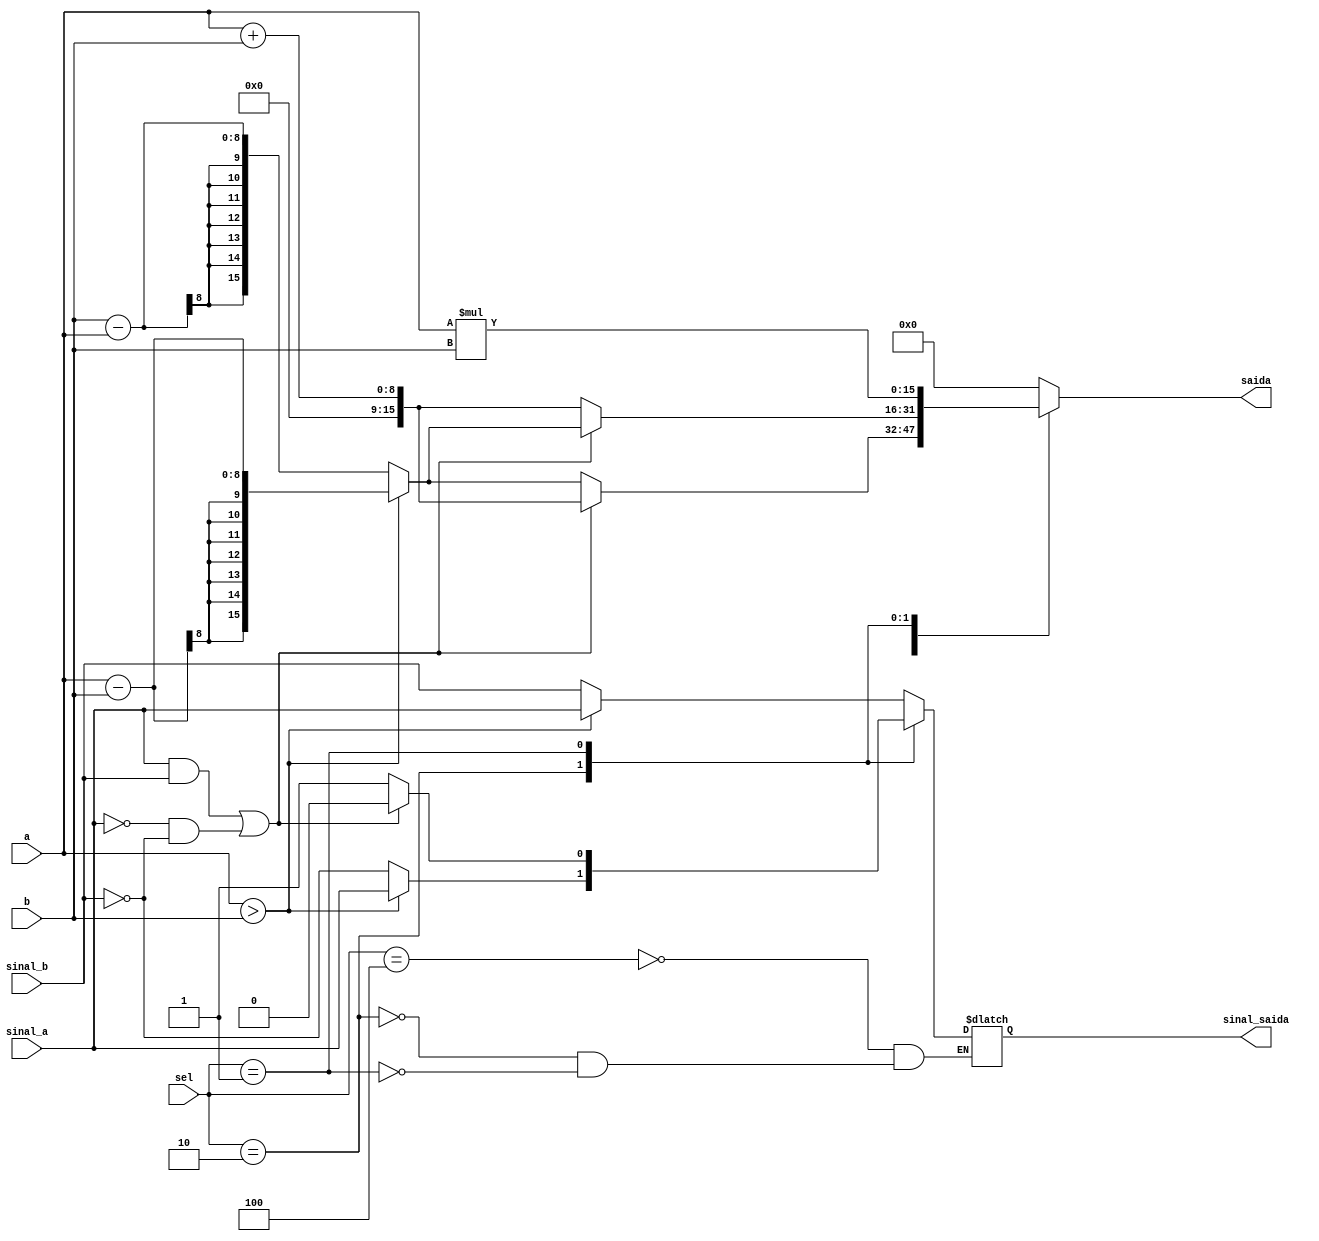
//abordagem por fluxo de dados
module projeto2(a, b, sinal_a, sinal_b, sel, saida, sinal_saida);
    input [7:0] a;
	 input [2:0] sel;
	 input [7:0] b;
	 input sinal_a;
	 input sinal_b;   
	 output reg [15:0] saida;
	 output reg sinal_saida;
	  initial begin
			saida = 0;
			sinal_saida = 0;
	  end
	  always @(*) begin
		 case (sel)
			  3'b100:begin   
					sinal_saida = a > b? (sinal_a) : (sinal_b);
					if((sinal_a & sinal_b) | ((~sinal_a) & (~sinal_b)))begin 
						 saida = (a + b);
					end
					else begin
						 if(a > b)
							  saida = (a - b);
						 else 
							  saida = (b - a);
					end
			  end
			  3'b010:begin
					sinal_saida = a > b? (sinal_a) : (~sinal_b);
					if((sinal_a & sinal_b) | (~sinal_a & ~sinal_b))begin
						 saida = a>b? (a - b): (b - a);
					end
					else begin
						  saida = (a + b);
					end
				end
				 3'b001: begin
					  if((sinal_a & sinal_b) | (~sinal_a & ~sinal_b)) sinal_saida = 0;
					  else sinal_saida = 1;
					  saida = (a * b);
				 end
				 default:
					saida = 0;
		  endcase
		end
endmodule